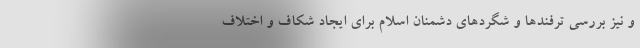
و نیز بررسی ترفندها و شگردهای دشمنان اسلام برای ایجاد شکاف و اختلاف